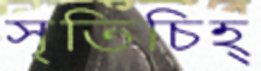
সৃতিচিহ্